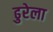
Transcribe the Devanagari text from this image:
ढुरेला